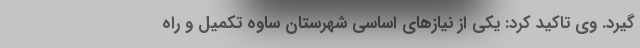
گیرد. وی تاکید کرد: یکی از نیازهای اساسی شهرستان ساوه تکمیل و راه